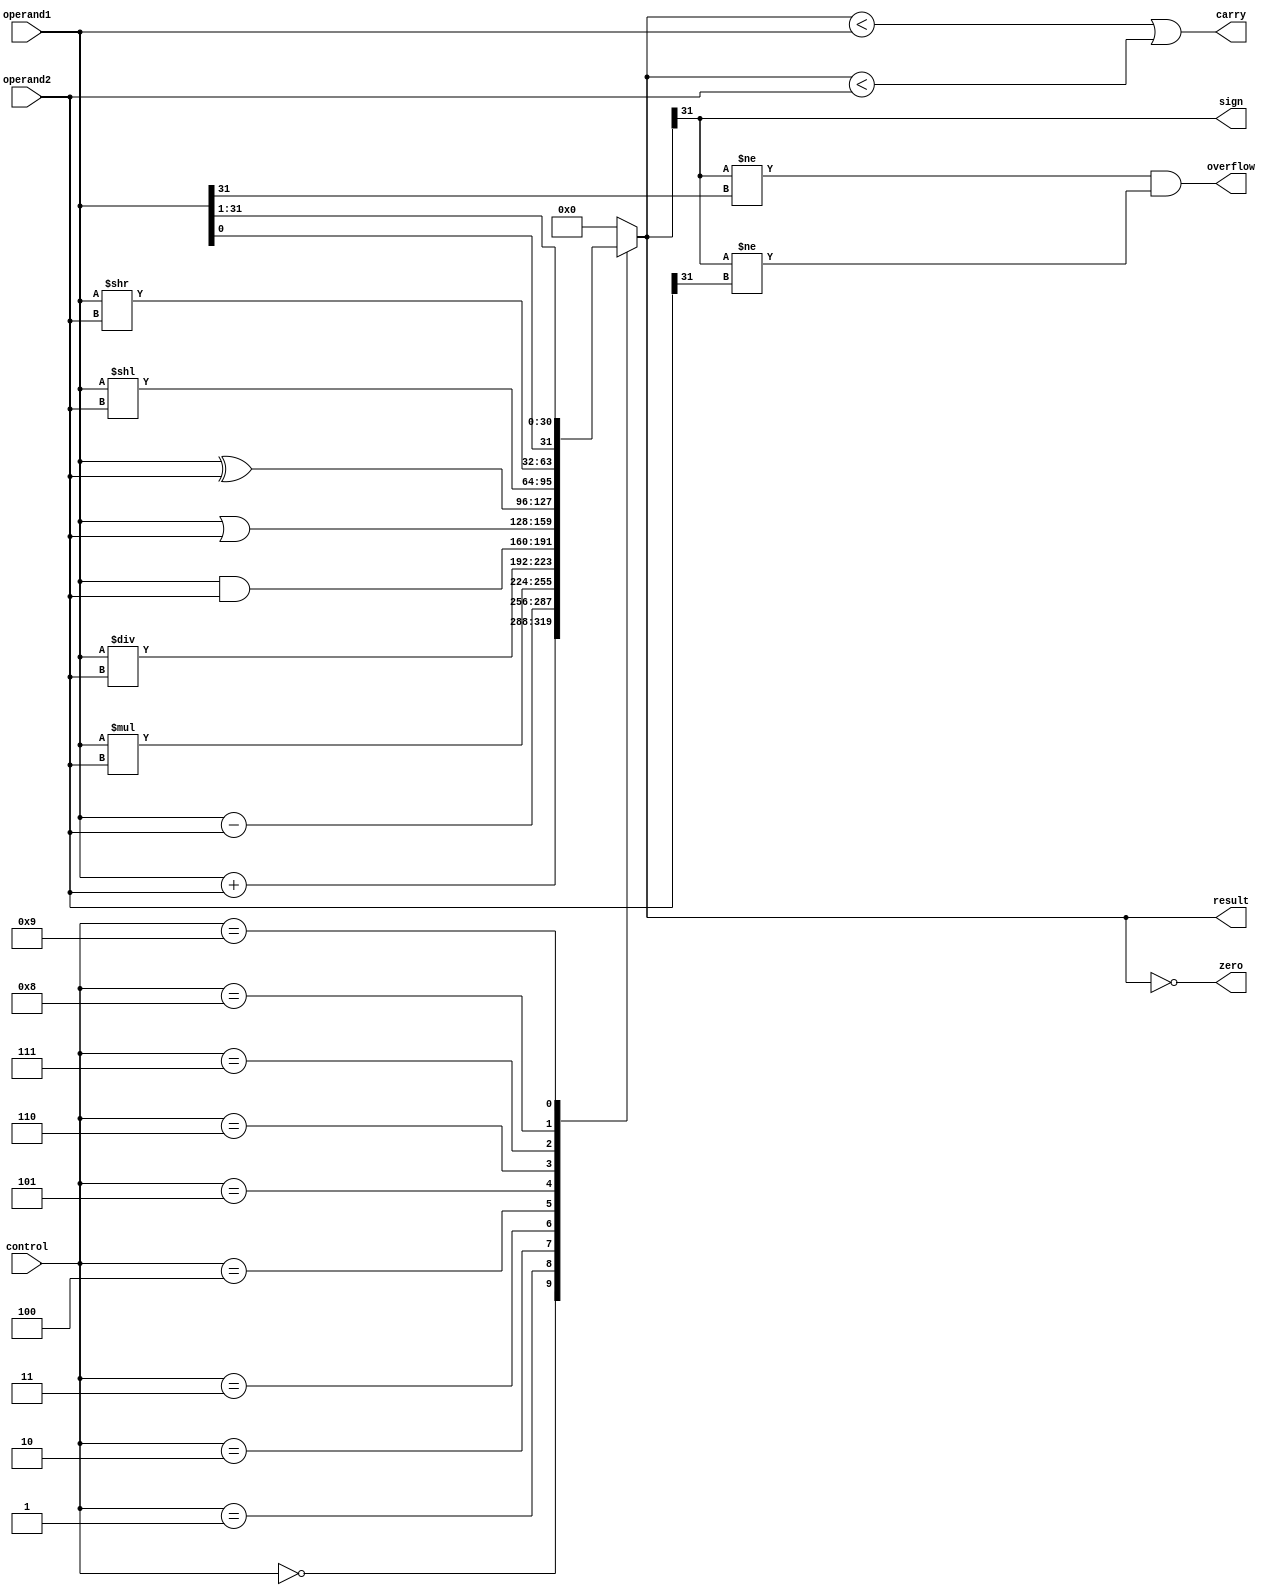
module ALU (
    input [31:0] operand1,
    input [31:0] operand2,
    input [3:0] control,
    output reg [31:0] result,
    output reg overflow,
    output reg carry,
    output reg zero,
    output reg sign
);

always @ (control or operand1 or operand2)
begin
    case (control)
        4'b0000: result = operand1 + operand2; // addition
        4'b0001: result = operand1 - operand2; // subtraction
        4'b0010: result = operand1 * operand2; // multiplication
        4'b0011: result = operand1 / operand2; // division
        4'b0100: result = operand1 & operand2; // bitwise AND
        4'b0101: result = operand1 | operand2; // bitwise OR
        4'b0110: result = operand1 ^ operand2; // bitwise XOR
        4'b0111: result = operand1 << operand2; // left shift
        4'b1000: result = operand1 >> operand2; // right shift
        4'b1001: result = {operand1[0], operand1[31:1]}; // rotate
        default: result = 0;
    endcase
    
    // set flags
    overflow = (result[31] != operand1[31] && result[31] != operand2[31]);
    carry = (result < operand1 || result < operand2);
    zero = (result == 0);
    sign = (result[31]);
end

endmodule